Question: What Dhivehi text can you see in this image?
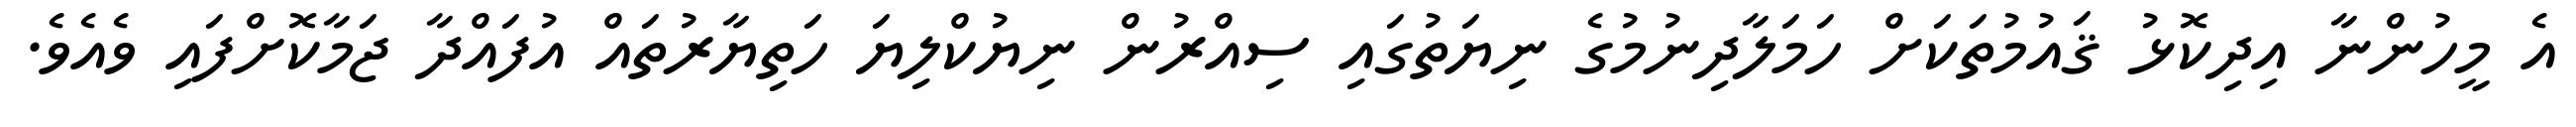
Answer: އެ މީހުންނާ އިދިކޮޅު ޤައުމުތަކަށް ހަމަލާދިނުމުގެ ނިޔަތުގައި ސިއްރުން ނިޔުކްލިޔަ ހަތިޔާރުތައް އުފައްދާ ޖަމާކޮށްފައި ވެއެވެ.